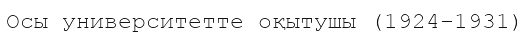
Осы университетте оқытушы (1924–1931)